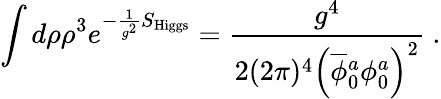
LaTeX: \int d\rho\rho^{3}e^{-\frac{1}{g^{2}}S_{\mathrm{Higgs}}}=\frac{g^{4}}{2(2\pi)^{4}\Big(\overline{{\phi}}{}_{0}^{a}\phi_{0}^{a}\Big)^{2}}~.